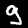
Label: 9